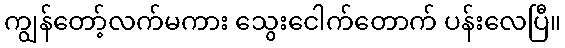
ကျွန်တော့်လက်မကား သွေးငေါက်တောက် ပန်းလေပြီ။